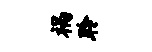
祸聆